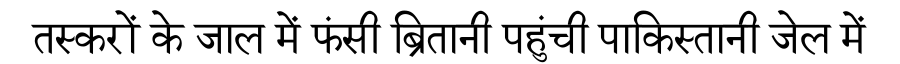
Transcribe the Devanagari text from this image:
तस्करों के जाल में फंसी ब्रितानी पहुंची पाकिस्तानी जेल में